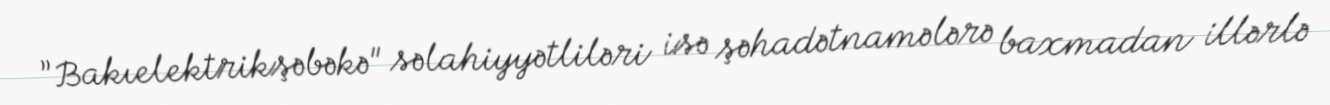
”Bakıelektrikşəbəkə" səlahiyyətliləri isə şəhadətnamələrə baxmadan illərlə